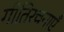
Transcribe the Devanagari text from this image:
गीतिरचनाएँ